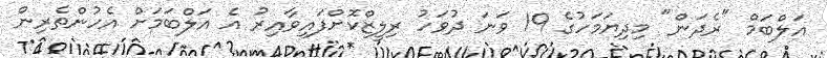
އަލްބަމް "ރެދަން" މިދިޔަމަހުގެ 19 ވަނަ ދުވަހު ރިލީޒްކޮށްފައިވާއިރު އެ އަލްބަމަށް އެހުންތެރިން